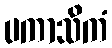
ပကာသိကံ